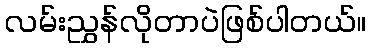
လမ်းညွှန်လိုတာပဲဖြစ်ပါတယ်။